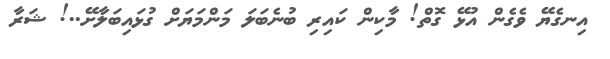
އިނގެޔޭ ވެގެން އުޅޭ ގޮތް! މާކިން ކައިރި ބުނެބަލަ މަންމަޔަށް ގުޅައިބަލާށޭ..! ޝަރާ